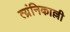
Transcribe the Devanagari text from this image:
त्य्रंनिकाल्ली